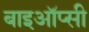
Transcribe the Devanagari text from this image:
बाइऑप्सी